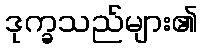
ဒုက္ခသည်များ၏